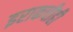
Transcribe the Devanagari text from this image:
इराकचीही